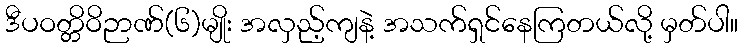
ဒီပဝတ္တိဝိဉာဏ်(၆)မျိုး အလှည့်ကျနဲ့ အသက်ရှင်နေကြတယ်လို့ မှတ်ပါ။